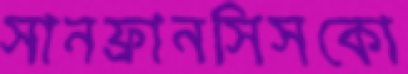
সানফ্রানসিসকো